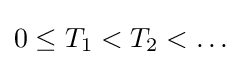
0\leq T_{1}<T_{2}<\dots